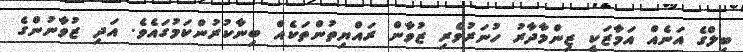
ބިލްގެ އަނެއް އަމާޒަކީ ޒިންމާދާރު ހުނަރުވެރި ޒުވާން ރައްޔިތުންތަކެއް ބިނާކުރުންކަމުގައެވެ. އަދި ޒުވާނުންގެ